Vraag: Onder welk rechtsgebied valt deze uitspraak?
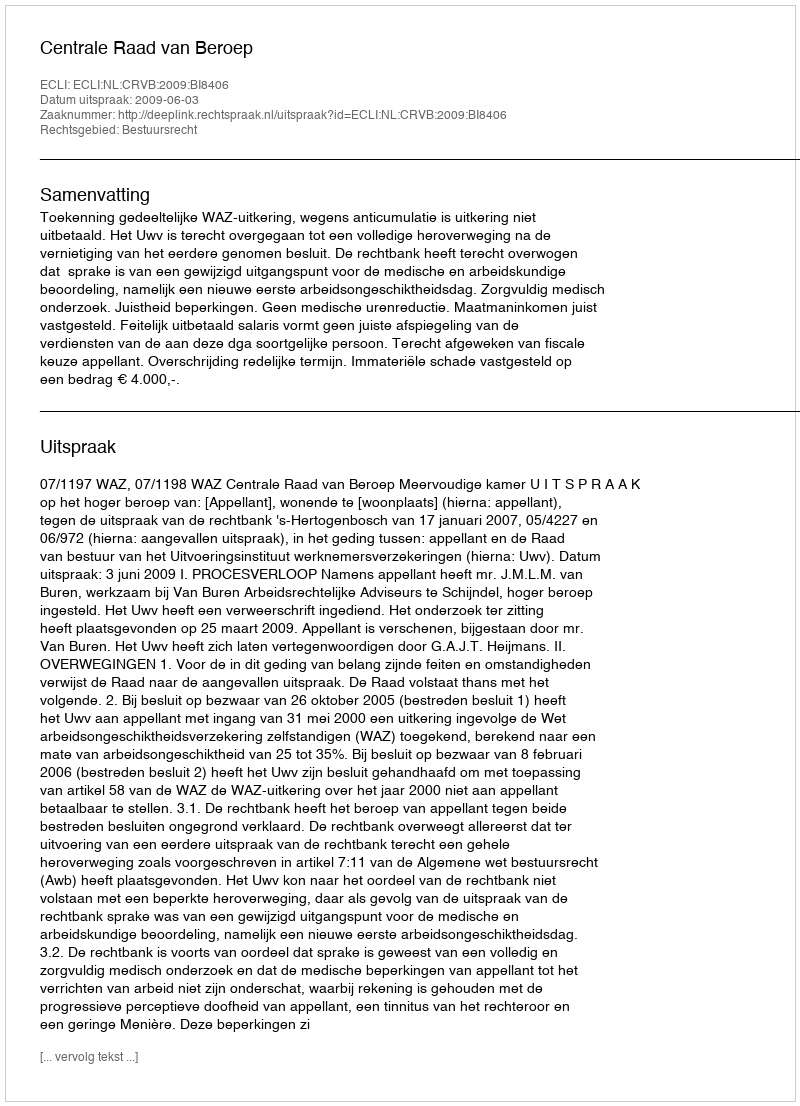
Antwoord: Bestuursrecht